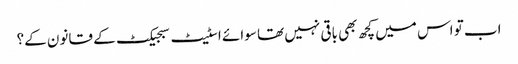
اب تو اس میں کچھ بھی باقی نہیں تھا سوائے اسٹیٹ سبجیکٹ کے قانون کے؟